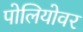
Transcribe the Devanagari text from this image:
पोलियोवर